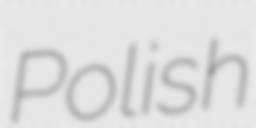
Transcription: Polish